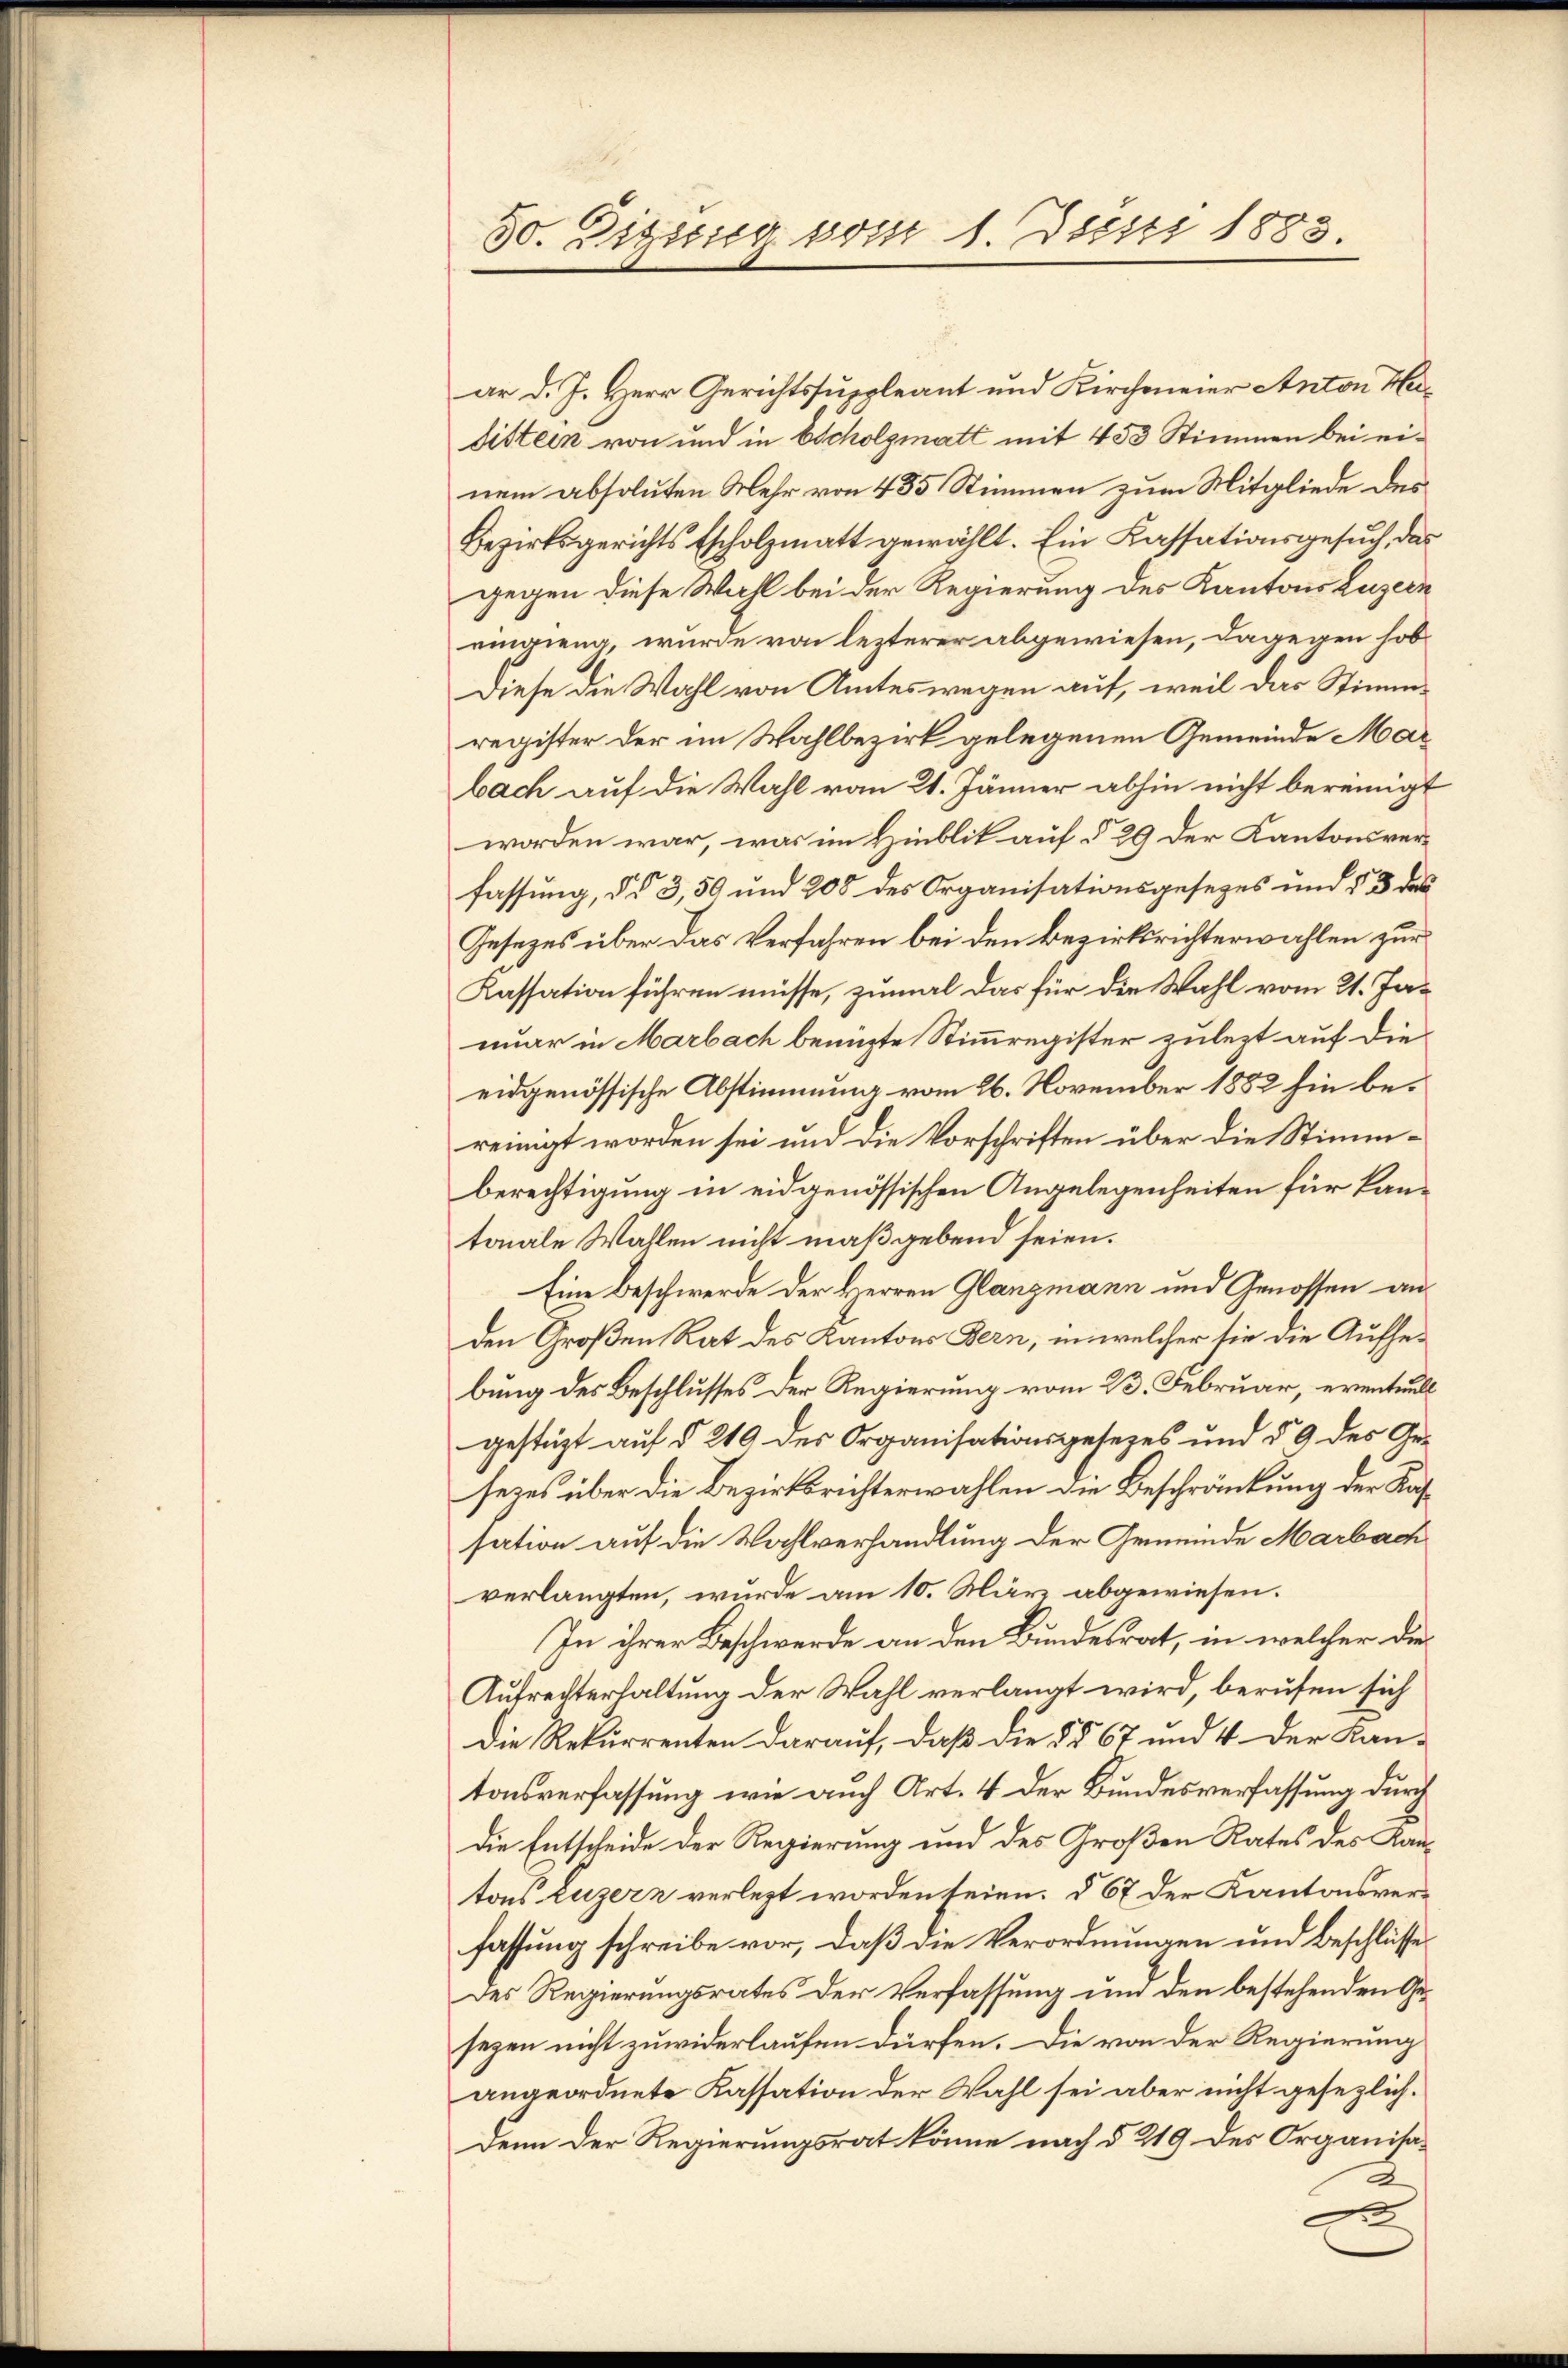
50. Zigssig vom 1. Juni 1883.

ar d. J. Herr Gerichtssuppleant und Kirchmeier Anton Hadistein von und in scholzmatt mit 453 Stimmen bei einem absoluten Mehr von 485 Stimmen zum Mitgliede des
Bezirksgerichts Escholzmatt gewählt. Ein Kassationsgesuch, das
gegen diese Wahl bei der Regierung des Kantons Luzern
eingieng, wurde von lezterer abgewiesen, dagegen hob
Diese die Wahl von Amtes wegen auf, weil das Stimmregister der im Wahlbezirk gelegenen Gemeinde Mar
bach auf die Wahl vom 21. Jänner abhin nicht bereinigt
worden war, was im Hinblik auf § 29 der Kantonsverfassung, d. 3, 59 und 208 des Organisationsgesetzes und § 3 das
Gesetzes über das Verfahren bei den Bezirksrichterwahlen zur
Kassation führen müsse, zumal das für die Wahl vom 21. Januar in Marbach benuzte Stimmregister zulezt auf die
eidgenössische Abstimmung vom 26. November 1882 hin bereinigt worden sei und die Vorschriften über die Stimmberechtigung in eidgenössischen Angelegenheiten für kantonale Wahlen nicht maßgebend seien.
Eine Beschwerde der Herren Glanzmann und Genossen an
den Großen Rat des Kantons Bern, in welcher sie die Aufhebung des Beschlusses Der Regierung vom 23. Februar, eventuell
gestüzt auf § 219 des Organisationsgesezes und § 9 des Geseies über die Bezirksrichterwahlen die Beschränkung der Kassation auf die Wahlverhandlung der Gemeinde Marbach
verlangten, wurde am 10. März abgewiesen.
In ihrer Beschwerde an den Bundesrat, in welcher die
Aufrechterhaltung der Wahl verlangt wird, berufen sich
Die Rekurrenten darauf, daß die §§ 67 und 4 der Kan-
tonsverfassung wie auch Art. 4 der Bundesverfassung durch
Die Entscheide der Regierung und des Großen Rates des Kantons Luzern verlegt worden seien. § 67 der Kantonsverfassung schreibe vor, daß die Verordnungen und Beschlüsse
Des Regierungsrates der Verfassung um den bestehenden Gesezen nicht zuwiderlaufen dürfen. Die von der Regierung
angeordnete Kassation der Wahl sei aber nicht gesezlich.
Denn der Regierungsrat könne nach § 219 des Organisae
A